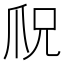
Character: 𪺎